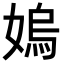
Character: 𡠄